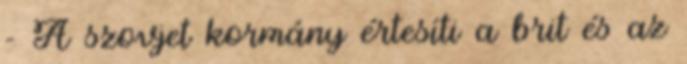
- A szovjet kormány értesíti a brit és az